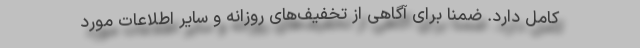
کامل دارد. ضمنا برای آگاهی از تخفیف‌های روزانه و سایر اطلاعات مورد